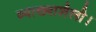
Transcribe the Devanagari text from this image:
व्याख्याशैली।